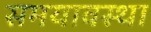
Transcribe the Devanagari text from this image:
समयावस्था